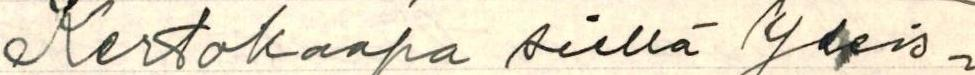
Kertokaapa siellä Yleis-